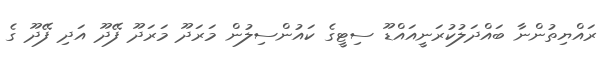
ރައްޔިތުންނާ ބައްދަލުކުރަނީއައްޑޫ ސިޓީގެ ކައުންސިލުން މަރަދޫ މަރަދޫ ފޭދޫ އަދި ފޭދޫ ގެ